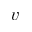
v